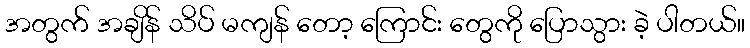
အတွက် အချိန် သိပ် မကျန် တော့ ကြောင်း တွေကို ပြောသွား ခဲ့ ပါတယ်။